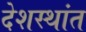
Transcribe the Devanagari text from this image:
देशस्थांत